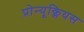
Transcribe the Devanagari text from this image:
प्रोन्यूक्लियस